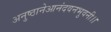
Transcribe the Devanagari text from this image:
अनुष्ठानेआनंदवनभुवनी।।